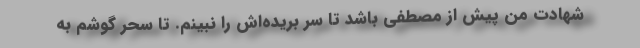
شهادت من پیش از مصطفی باشد تا سر بریده‌اش را نبینم. تا سحر گوشم به